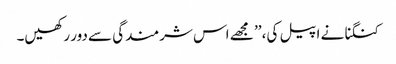
کنگنا نے اپیل کی، ’’ مجھے اس شرمندگی سے دور رکھیں۔